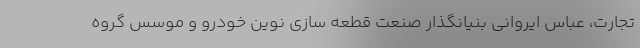
تجارت، عباس ایروانی بنیانگذار صنعت قطعه سازی نوین خودرو و موسس گروه